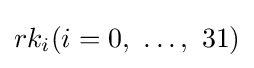
rk_{i}(i=0,\ \ldots ,\ 31)